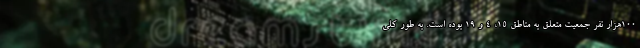
۱۰۰هزار نفر جمعیت متعلق به مناطق ۱۵، ۴ و ۱۹ بوده است. به‌ طور کلی